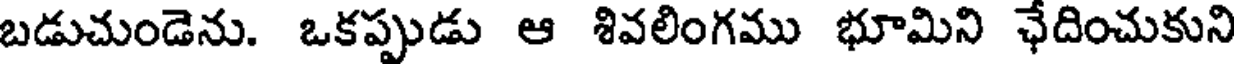
బడుచుండెను. ఒకప్పుడు ఆ శివలింగము భూమిని ఛేదించుకుని